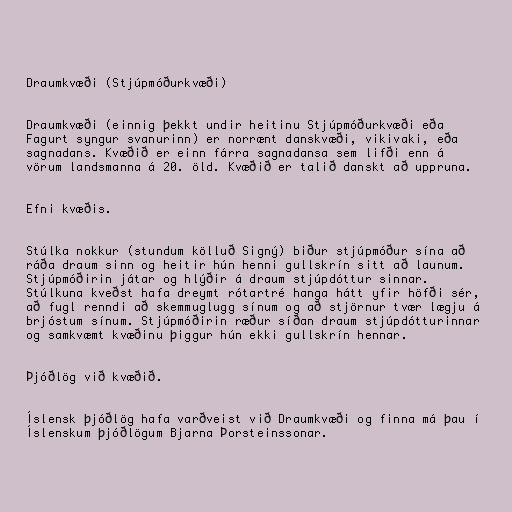
Draumkvæði (Stjúpmóðurkvæði)

Draumkvæði (einnig þekkt undir heitinu Stjúpmóðurkvæði eða
Fagurt syngur svanurinn) er norrænt danskvæði, vikivaki, eða
sagnadans. Kvæðið er einn fárra sagnadansa sem lifði enn á
vörum landsmanna á 20. öld. Kvæðið er talið danskt að uppruna.

Efni kvæðis.

Stúlka nokkur (stundum kölluð Signý) biður stjúpmóður sína að
ráða draum sinn og heitir hún henni gullskrín sitt að launum.
Stjúpmóðirin játar og hlýðir á draum stjúpdóttur sinnar.
Stúlkuna kveðst hafa dreymt rótartré hanga hátt yfir höfði sér,
að fugl renndi að skemmuglugg sínum og að stjörnur tvær lægju á
brjóstum sínum. Stjúpmóðirin ræður síðan draum stjúpdótturinnar
og samkvæmt kvæðinu þiggur hún ekki gullskrín hennar.

Þjóðlög við kvæðið.

Íslensk þjóðlög hafa varðveist við Draumkvæði og finna má þau í
Íslenskum þjóðlögum Bjarna Þorsteinssonar.